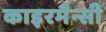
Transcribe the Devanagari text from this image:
काइरमैन्सी